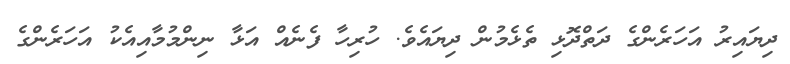
ދިޔައިރު އަހަރެންގެ ދަތްދޮޅި ތެޅެމުން ދިޔައެވެ. ހުރިހާ ފެނެއް އަޅާ ނިންމުމާއިއެކު އަހަރެންގެ